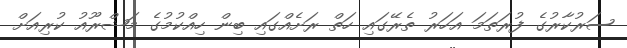
ސަރުކާރުގެ ފުރަތަމަ އަހަރު ތެރޭގައި ހަތް ރަށެއްގައި ބިން ހިއްކުމުގެ މަޝްރޫއު ކުރިއަށް